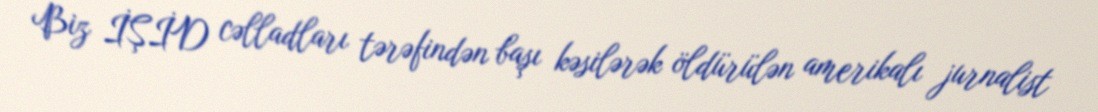
Biz İŞİD cəlladları tərəfindən başı kəsilərək öldürülən amerikalı jurnalist